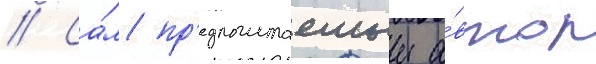
// Са́м пр'едполагаемыи а́втор